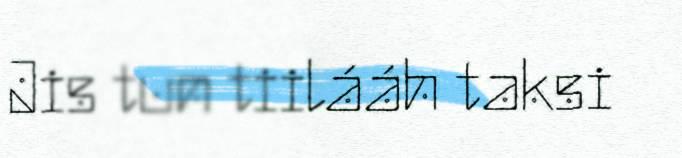
Jis tun tiilááh taksi